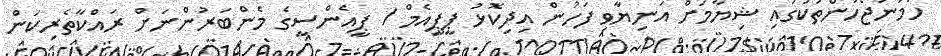
ހަމަނުޖެހުންތަކުގައި ޝިޔާމަށް އަނިޔާވި ފަހުން އިދިކޮޅު ޕީޕީއެމް / ޕީއެންސީގެ މެންބަރުންނަށް ރައްކާތެރިކަން